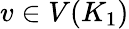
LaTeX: v\in V(K_{1})